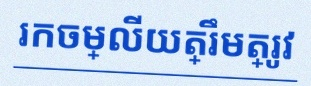
រកចម្លើយត្រឹមត្រូវ